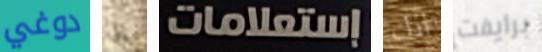
دوغي إلى إستعلامات انك برايفت